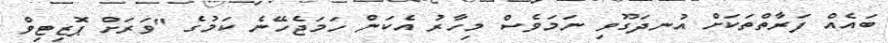
ބައެއް ފަރާތްތަކަށް އުނދަގޫވި ނަމަވެސް މިހާރު އެކަން ހަމަޖެހޭނެ ކަމުގެ "ވަރަށް ޕޮޒިޓިވް